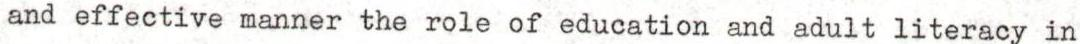
and effective manner the role of education and adult literacy in